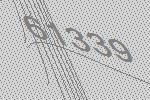
61339